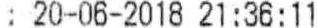
: 20-06-2018 21:36:11